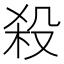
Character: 殺